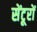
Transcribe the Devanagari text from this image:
सेंटूरों